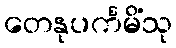
တေနုပင်္ကမိံသု